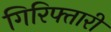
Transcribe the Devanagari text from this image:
गिरिफ्तारी